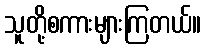
သူတို့စကားများကြတယ်။